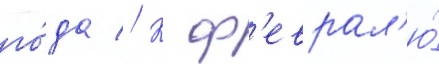
го́да // К ф'еврал'ю́